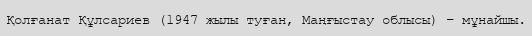
Қолғанат Құлсариев (1947 жылы туған, Маңғыстау облысы) – мұнайшы.